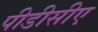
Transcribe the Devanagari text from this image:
पीडीसीए